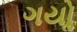
ગયોૢ